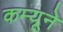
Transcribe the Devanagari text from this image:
कम्यूने